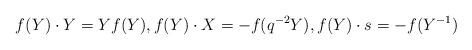
LaTeX: \begin{align*} f(Y)\cdot Y = Yf(Y), f(Y)\cdot X = -f(q^{-2}Y),f(Y)\cdot s = -f(Y^{-1}) \end{align*}